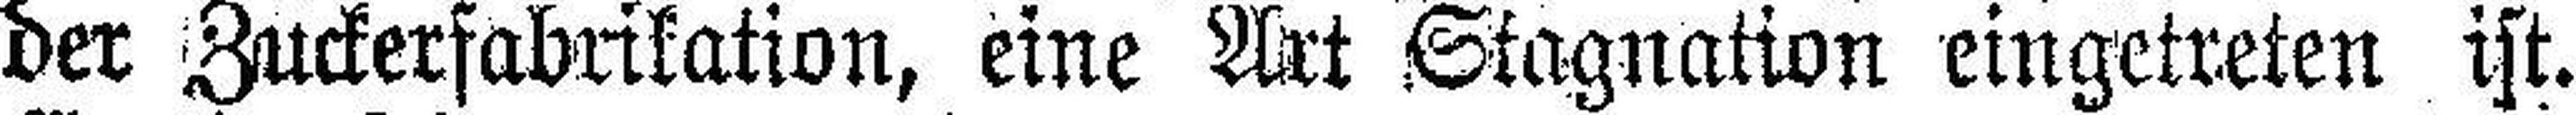
der Zuckerfabrikation, eine Art Stagnation eingetreten ist.